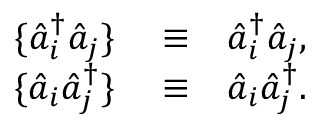
\begin{array} { r l r } { \{ \hat { a } _ { i } ^ { \dagger } \hat { a } _ { j } \} } & { { } \equiv } & { \hat { a } _ { i } ^ { \dagger } \hat { a } _ { j } , } \\ { \{ \hat { a } _ { i } \hat { a } _ { j } ^ { \dagger } \} } & { { } \equiv } & { \hat { a } _ { i } \hat { a } _ { j } ^ { \dagger } . } \end{array}